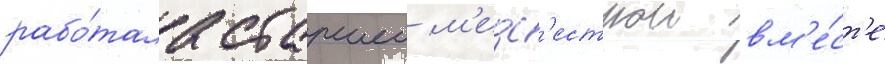
рабо́тала старшеи м'едс'естрои вм'е́ст'е